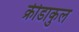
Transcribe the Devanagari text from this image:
क्रीडाकुल